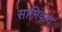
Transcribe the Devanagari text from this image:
सामिवाद